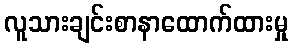
လူသားချင်းစာနာထောက်ထားမှု